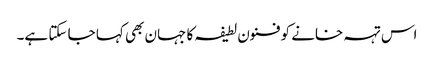
اس تہہ خانے کو فنون لطیفہ کا جہان بھی کہا جا سکتا ہے۔